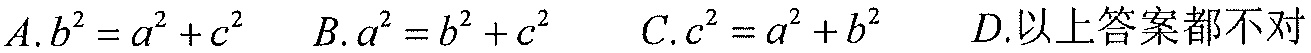
\(A.b^{2}=a^{2}+c^{2}\ \ B.a^{2}=b^{2}+c^{2}\ \ C.c^{2}=a^{2}+b^{2}\ \ D.\)以上答案都不对